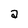
Character: a